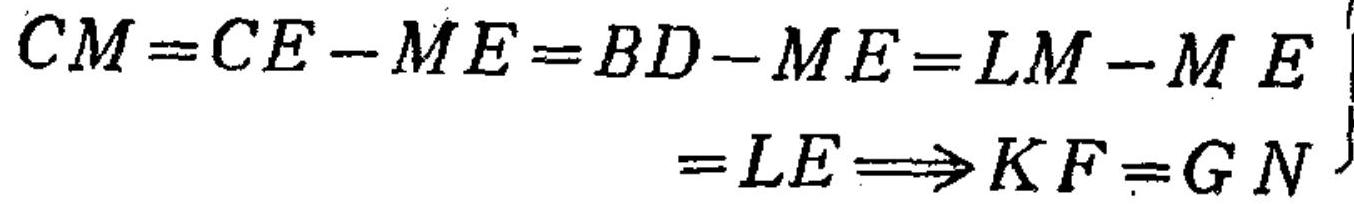
\(\begin{align}
CM = CE - ME = BD - ME = LM - ME\\
= LE\Longrightarrow KF = GN
\end{align}\)